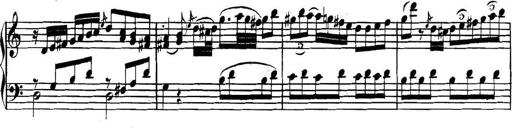
Title: Collected Piano Sonatas
Composer: Muzio Clementi